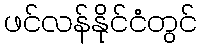
ဖင်လန်နိုင်ငံတွင်